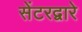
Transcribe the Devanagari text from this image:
सेंटरद्वारे